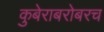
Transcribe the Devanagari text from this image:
कुबेराबरोबरच